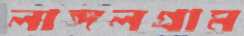
লাঙ্গলগ্রাম